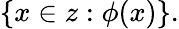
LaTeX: \{ x\in z:\phi(x)\} .